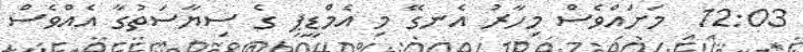
12:03  މަށައްވެސް މިހާރު އެނގޭ މި އެމްޑީޕީ ގެ ސިޔާސަތުގާ އެއްވެސް